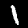
Label: 1